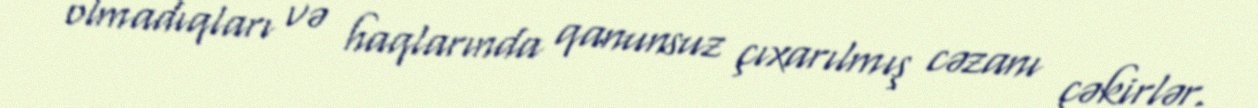
olmadıqları və haqlarında qanunsuz çıxarılmış cəzanı çəkirlər.